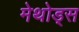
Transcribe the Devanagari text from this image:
मेथोड्स